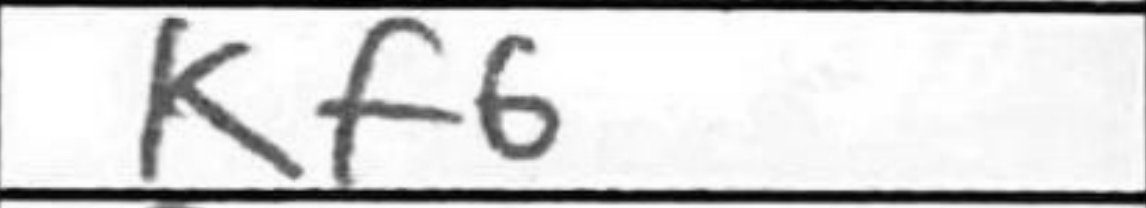
Transcription: Kf6